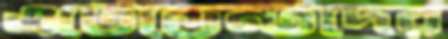
এটেন্ডেন্টদের